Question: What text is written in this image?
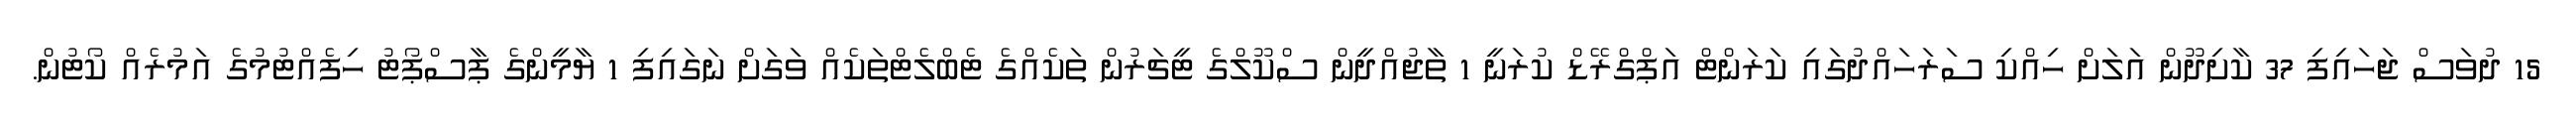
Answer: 15 ދުވަސް ޖަހައިފި 37 ކާށިދޫން އަލަށް ހިއްކި ސަރަހައްދުގައި ކަރަންޓް އަޕްގްރޭޑް ކުރަނީ 1 ތާޖުއްދީން ސްކޫލްގެ ޓީޗަރުން ތަކެއްގެ ޓެބްލެޓްތަކެއް ވަގަށް ނަގައިފި 1 ޔާމީންގެ ޕާސްޕޯޓު ހިފެއްޓުމުގެ އަމުރެއް ކޯޓުން.